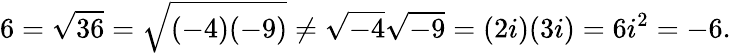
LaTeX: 6={\sqrt{36}}={\sqrt{(-4)(-9)}}\neq{\sqrt{-4}}{\sqrt{-9}}=(2i)(3i)=6i^{2}=-6.